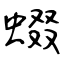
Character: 蝃